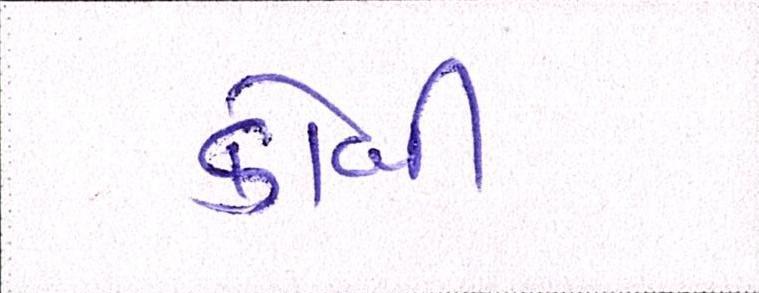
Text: કોબી